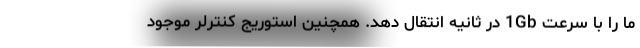
ما را با سرعت 1Gb در ثانیه انتقال دهد. همچنین استوریج کنترلر موجود